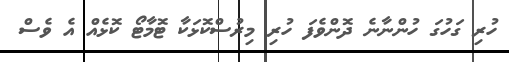
ހުރި ގަހުގަ ހުންނާނެ ދޮންވެފަ ހުރި މިރުސްކޮޅަކާ ޓޮމާޓޯ ކޮޅެއް އެ ވެސް